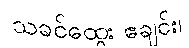
သခင်ထွေး ဧချင်း၊